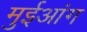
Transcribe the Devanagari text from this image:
मुईआंग